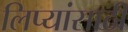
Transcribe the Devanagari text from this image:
लिप्यांसाठी